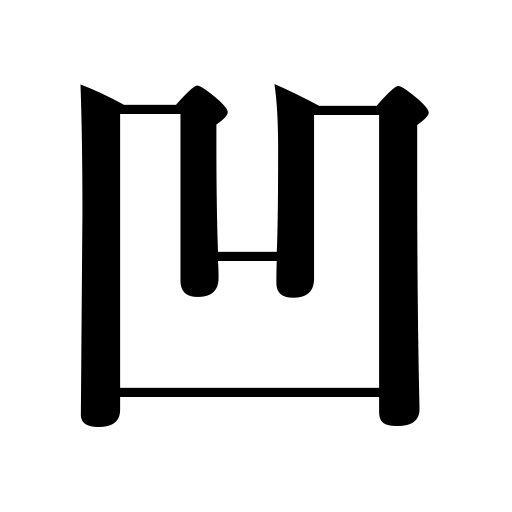
Meanings: hollow,sunken